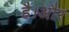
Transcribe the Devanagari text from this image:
है।अौर